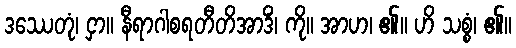
ဒဿေတုံ၊ ငှာ။ နီရာဂါစရတီတိအာဒိံ၊ ကို။ အာဟ၊ ၏။ ဟိ သစ္စံ၊ ၏။